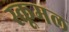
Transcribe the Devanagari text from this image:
स्कूमल